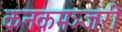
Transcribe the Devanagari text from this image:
कनकमञ्जरी